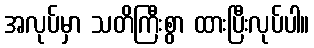
အလုပ်မှာ သတိကြီးစွာ ထားပြီးလုပ်ပါ။